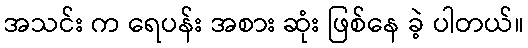
အသင်း က ရေပန်း အစား ဆုံး ဖြစ်နေ ခဲ့ ပါတယ်။